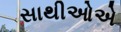
સાથીઓએ